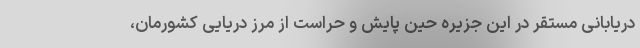
دریابانی مستقر در این جزیره حین پایش و حراست از مرز دریایی کشورمان،